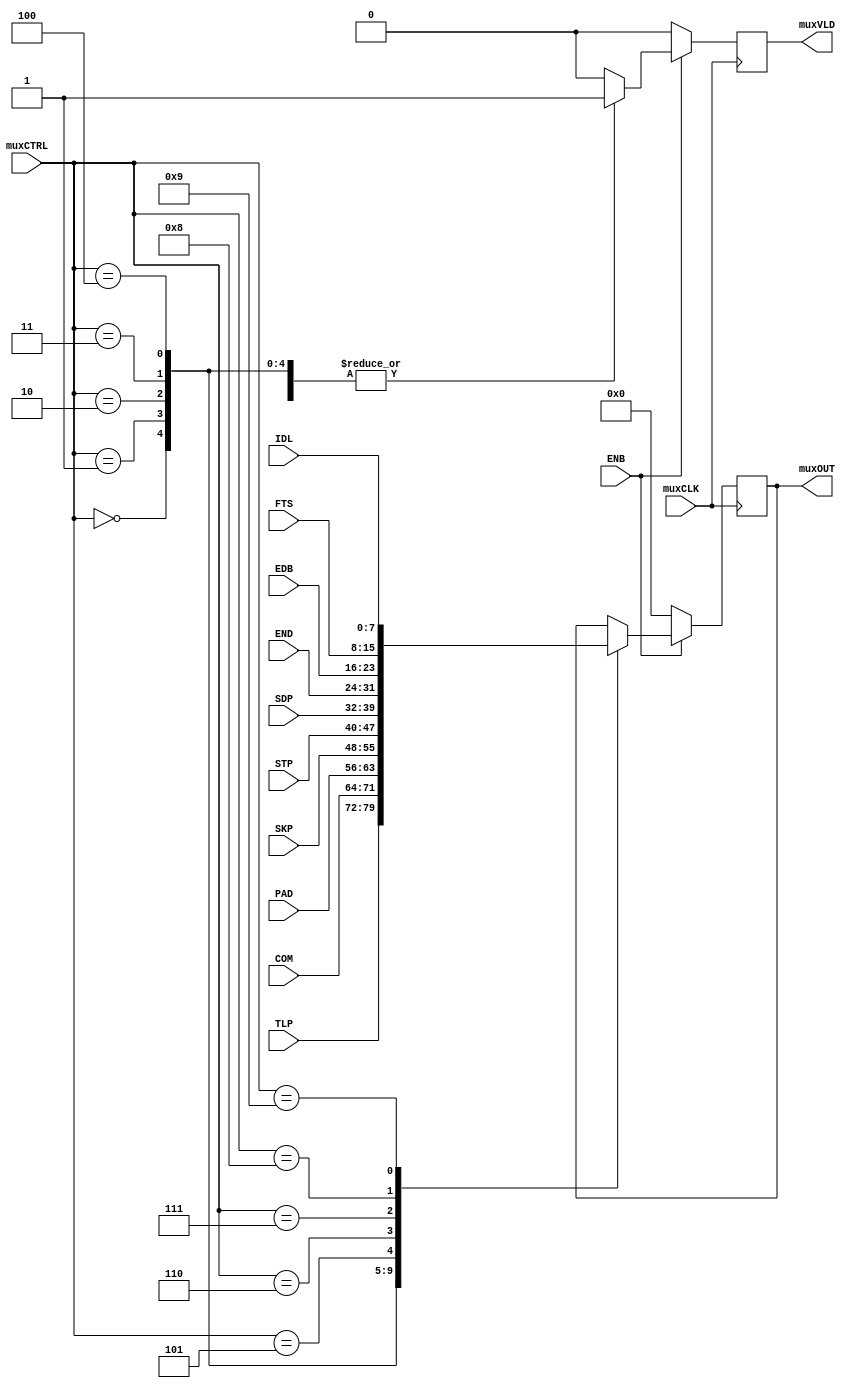
module multiplexer_cond (
  output reg [7:0] muxOUT,
  output reg muxVLD,

  input wire [7:0] TLP,
  input wire [7:0] COM,
  input wire [7:0] PAD,
  input wire [7:0] SKP,
  input wire [7:0] STP,
  input wire [7:0] SDP,
  input wire [7:0] END,
  input wire [7:0] EDB,
  input wire [7:0] FTS,
  input wire [7:0] IDL,

  input wire [3:0] muxCTRL,
  input wire muxCLK,          // 1 Mhz
  input wire ENB
  );


  always @ ( posedge muxCLK ) begin
    if (ENB) begin


      case(muxCTRL)
        4'b0000:  begin
                    muxOUT <= TLP;
                    muxVLD <= 1'b1;
                  end

        4'b0001: begin
                   muxOUT <= COM;
                   muxVLD <= 1'b1;
                 end

        4'b0010: begin
                   muxOUT <= PAD;
                   muxVLD <= 1'b1;
                 end

        4'b0011: begin
                   muxOUT <= SKP;
                   muxVLD <= 1'b1;
                end

        4'b0100: begin
                   muxOUT <= STP;
                  muxVLD <= 1'b1;
                 end

        4'b0101: begin
                   muxOUT <= SDP;
                   muxVLD <= 1'b1;
                 end

        4'b0110: begin
                   muxOUT <= END;
                   muxVLD <= 1'b1;
                 end

        4'b0111: begin
                   muxOUT <= EDB;
                   muxVLD <= 1'b1;
                 end

        4'b1000: begin
                   muxOUT <= FTS;
                   muxVLD <= 1'b1;
                 end

        4'b1001: begin
                   muxOUT <= IDL;
                   muxVLD <= 1'b1;
                 end

        default: muxVLD <= 0;

      endcase
    end else begin
      muxOUT <= 8'b00000000;
      muxVLD <= 1'b0;
    end
  end

endmodule // control_multiplexer